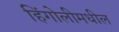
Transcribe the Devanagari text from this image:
हिंगोलीमधील